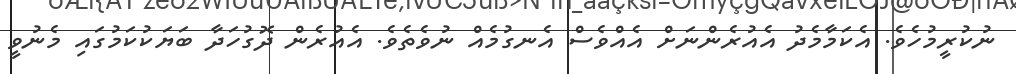
ނުކުރީމުހެވެ. އެކަމާމެދު އެއުރެންނަށް އެއްވެސް އެނގުމެއް ނުވެތެވެ. އެއުރެން ދޮގުހަދާ ބަޔަކުކަމުގައި މެނުވީ